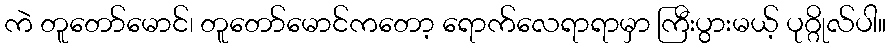
ကဲ တူတော်မောင်၊ တူတော်မောင်ကတော့ ရောက်လေရာရာမှာ ကြီးပွားမယ့် ပုဂ္ဂိုလ်ပါ။